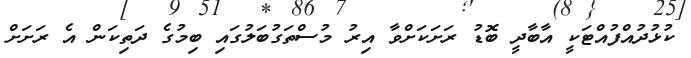
ކުޅުދުއްފުއްޓަކީ އާބާދީ ބޮޑު ރަށަކަށްވާ އިރު މުސްތަގުބަލުގައި ބިމުގެ ދަތިކަން އެ ރަށަށް